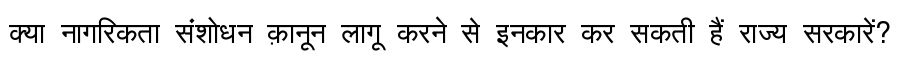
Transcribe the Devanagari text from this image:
क्या नागरिकता संशोधन क़ानून लागू करने से इनकार कर सकती हैं राज्य सरकारें?